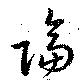
隔